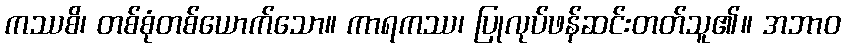
ကဿစိ၊ တစ်စုံတစ်ယောက်သော။ ကာရကဿ၊ ပြုလုပ်ဖန်ဆင်းတတ်သူ၏။ အဘာဝ